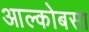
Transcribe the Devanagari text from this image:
आल्कोबसा